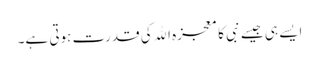
ایسے ہی جیسے نبی کا معجزہ اﷲ کی قدرت ہوتی ہے۔